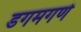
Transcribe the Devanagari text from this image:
डगमगणे